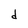
Character: d